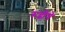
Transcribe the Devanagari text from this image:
रूढींचे